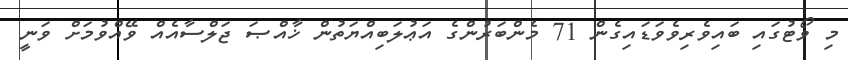
މި ވޯޓުގައި ބައިވެރިވެވަޑައިގެން 71 މެންބަރުންގެ އަޢުލަބިއްޔަތުން ޚާއްޞަ ޖަލްސާއެއް ވޭއްވުމަށް ވަނީ